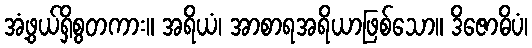
အံ့ဖွယ်ရှိစွတကား။ အရိယံ၊ အာစာရအရိယာဖြစ်သော။ ဒိဇောဓိပံ၊